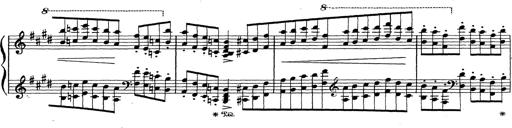
Title: Grosses Konzertsolo
Composer: Franz Liszt